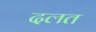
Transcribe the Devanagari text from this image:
दलत